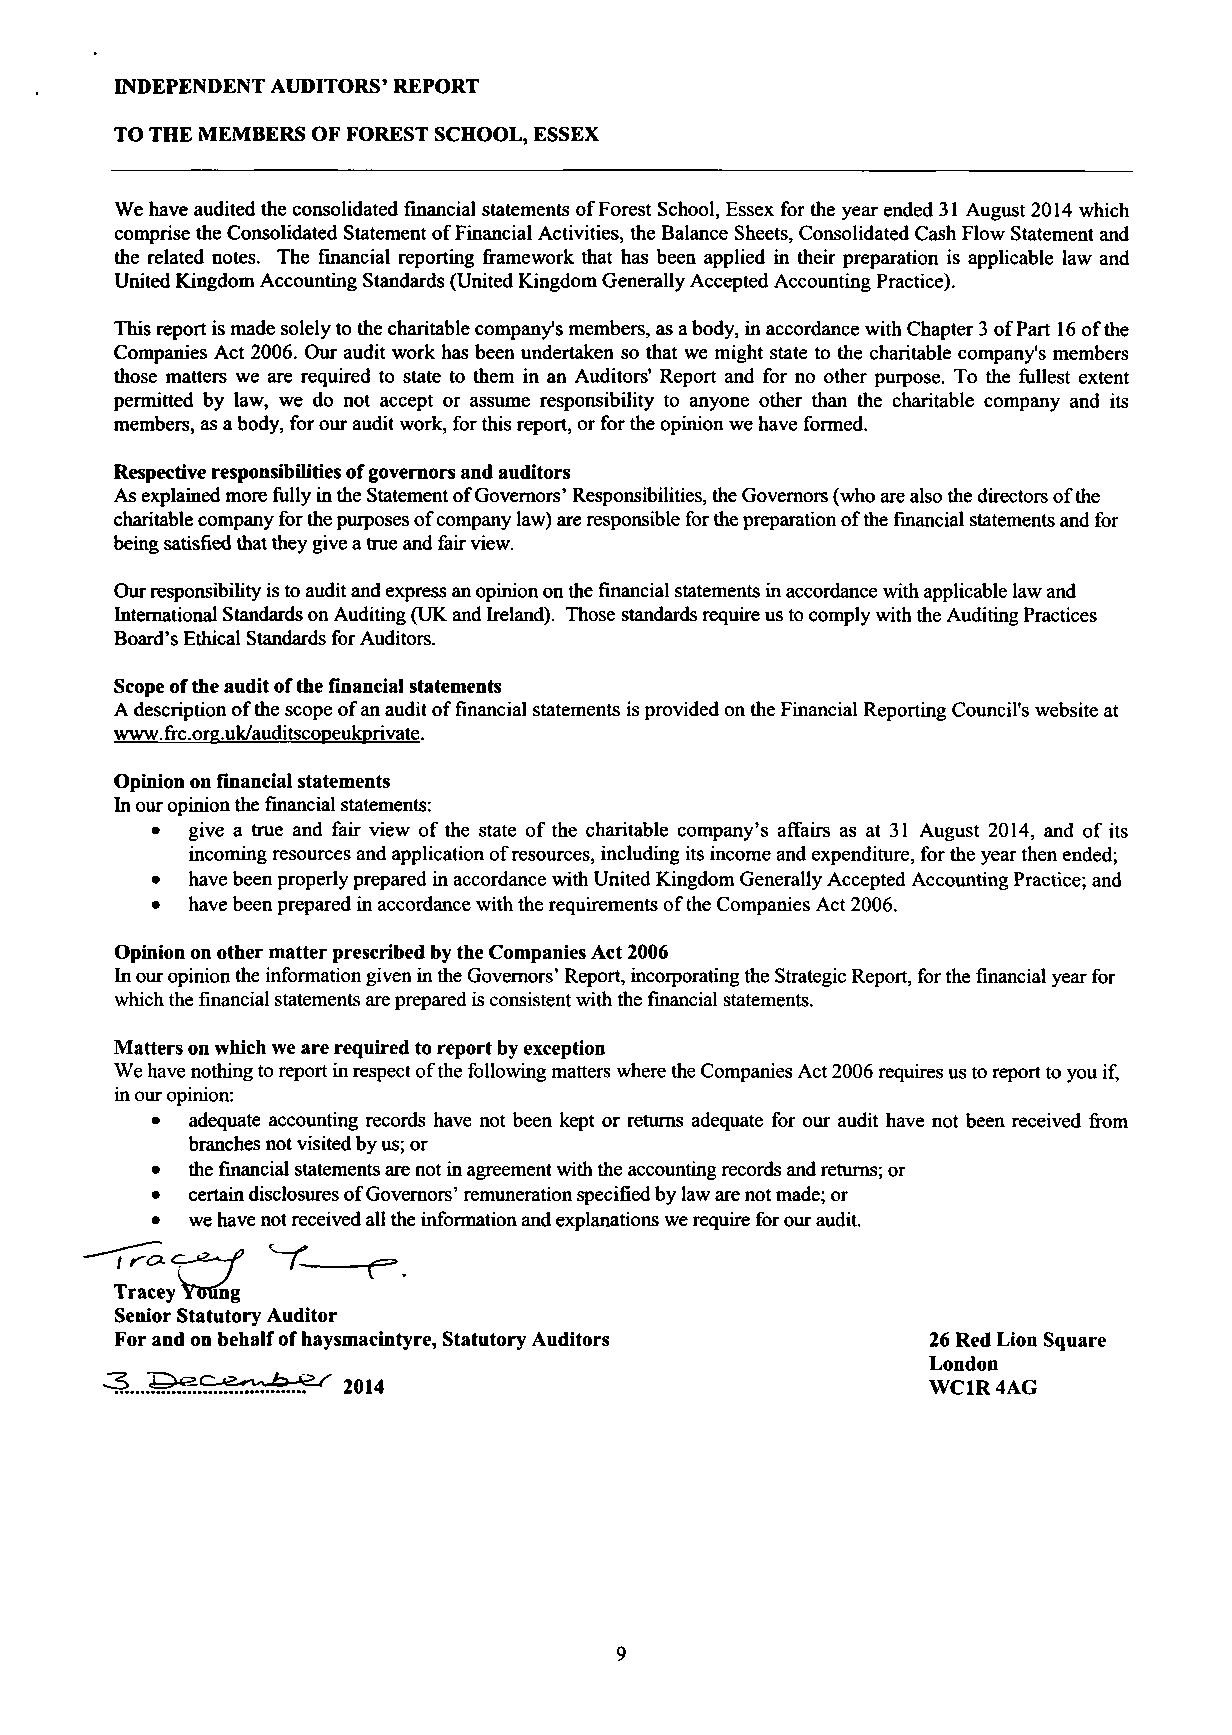
INDEPENDENT AUDITORS' REPORT
 TO THE MEMBERS OF FOREST SCHOOL, ESSEX
 We have audited the consolidated financial statements of Forest School, Essex for the year ended 31 August 2014 which
 comprise the Consolidated Statement of Financial Activities, the Balance Sheets, Consolidated Cash Flow Statement and
 the related notes. The financial reporting framework that has been applied in their preparation is applicable law and
 United Kingdom Accounting Standards (United Kingdom Generally Accepted Accounting Practice).
 This report is made solely to the charitable company's members, as a body, in accordance with Chapter 3 of Part 16 of the
 Companies Act 2006. Our audit work has been undertaken so that we might state to the charitable company's members
 those matters we are required to state to them in an Auditors' Report and for no other purpose. To the fullest extent
 permitted by law, we do not accept or assume responsibility to anyone other than the charitable company and its
 members, as a body, for our audit work, for this report, or for the opinion we have formed.
 Respective responsibilities of governors and auditors
 As explained more fully in the Statement of Governors' Responsibilities, the Governors (who are also the directors of the
 charitable company for the purposes of company law) are responsible for the preparation of the financial statements and for
 being satisfied that they give a true and fair view.
 Our responsibility is to audit and express an opinion on the financial statements in accordance with applicable law and
 International Standards on Auditing (UK and Ireland). Those standards require us to comply with the Auditing Practices
 Board's Ethical Standards for Auditors.
 Scope of the audit of the financial statements
 A description of the scope of an audit of financial statements is provided on the Financial Reporting Council's website at
 www.frc.org.uk/auditscopeukprivate.
 Opinion on financial statements
 In our opinion the financial statements:
 •  give a true and fair view of the state of the charitable company's affairs as at 31 August 2014, and of its
 incoming resources and application of resources, including its income and expenditure, for the year then ended;
 •  have been properly prepared in accordance with United Kingdom Generally Accepted Accounting Practice; and
 •  have been prepared in accordance with the requirements of the Companies Act 2006.
 Opinion on other matter prescribed by the Companies Act 2006
 In our opinion the information given in the Governors' Report, incorporating the Strategic Report, for the financial year for
 which the financial statements are prepared is consistent with the financial statements.
 Matters on which we are required to report by exception
 We have nothing to report in respect of the following matters where the Companies Act 2006 requires us to report to you if,
 in our opinion:
 •  adequate accounting records have not been kept or returns adequate for our audit have not been received from
 branches not visited by us; or
 •  thef inancial statements are not in agreement with the accounting records and returns; or
 •  certain disclosures of Governors' remuneration specified by law are not made; or
 •  we have not received all the information and explanations we require for our audit.
 Tracey YOung
 Senior Statutory Auditor
 For and on behalf of haysmacintyre, Statutory Auditors 26 Red Lion Square
 London
 WC1R4AG
 9